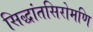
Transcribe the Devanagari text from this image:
सिद्धांतसिरोमणि